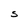
Character: S